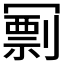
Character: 𠖟